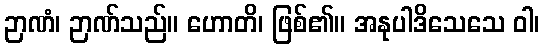
ဉာဏံ၊ ဉာဏ်သည်။ ဟောတိ၊ ဖြစ်၏။ အနုပါဒိသေသေ ဝါ၊